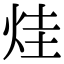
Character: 烓